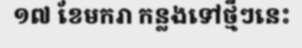
១៧ ខែមករា កន្លងទៅថ្មីៗនេះ